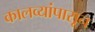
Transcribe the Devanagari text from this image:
कालव्यांपासून